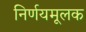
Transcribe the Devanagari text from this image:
निर्णयमूलक